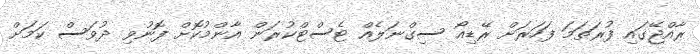
ރާއްޖޭގައި ފުރަތަމަ ފަހަރަށް ރޭޑިއޯ ސިގްނަލެއް ޓެސްޓްކުރަން އާންމުކޮށް ފޮނުވި ދުވަސް ކަމަށް